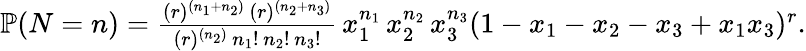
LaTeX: \begin{array}{r}{\mathbb{P}(N=n)=\frac{(r)^{(n_{1}+n_{2})}\, (r)^{(n_{2}+n_{3})}}{(r)^{(n_{2})}\, n_{1}!\, n_{2}!\, n_{3}!}\, x_{1}^{n_{1}}\, x_{2}^{n_{2}}\, x_{3}^{n_{3}}(1-x_{1}-x_{2}-x_{3}+x_{1}x_{3})^{r}.}\end{array}